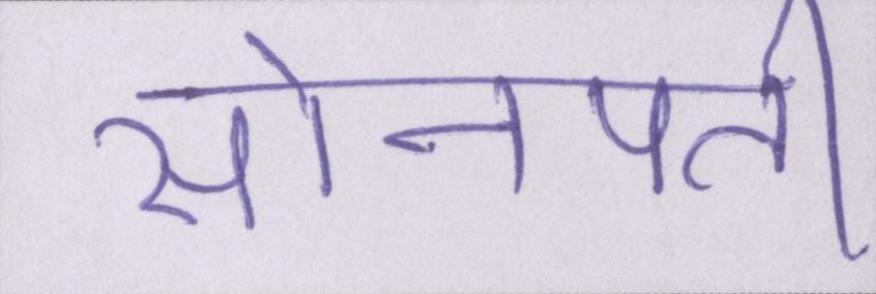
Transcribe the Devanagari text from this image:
सोनपती